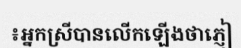
៖អ្នកស្រីបានលើកឡើងថាភ្ញៀ